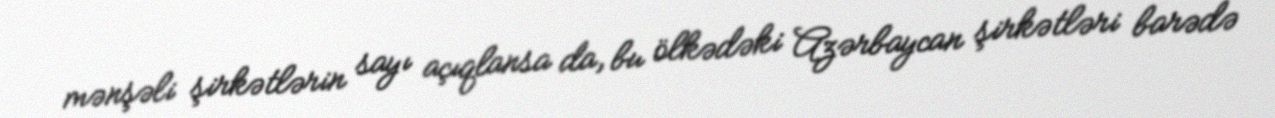
mənşəli şirkətlərin sayı açıqlansa da, bu ölkədəki Azərbaycan şirkətləri barədə